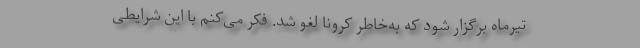
تیرماه برگزار شود که به‌خاطر کرونا لغو شد. فکر می‌کنم با این شرایطی